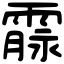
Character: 霡